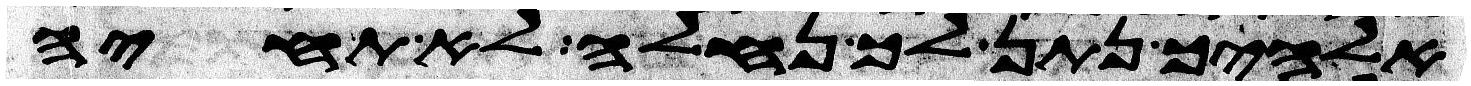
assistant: אלהיך נתן לך נחלה לא תחיה